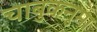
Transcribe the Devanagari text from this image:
चाबुकनुमा